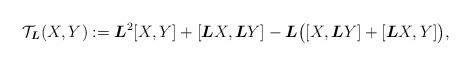
LaTeX: \begin{gather*} \mathcal{T}_ {\boldsymbol{L}} (X,Y):=\boldsymbol{L}^2[X,Y] +[\boldsymbol{L}X,\boldsymbol{L}Y]-\boldsymbol{L}\big([X,\boldsymbol{L}Y]+[\boldsymbol{L}X,Y]\big),\end{gather*}